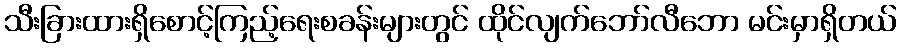
သီးခြားထားရှိစောင့်ကြည့်ရေးစခန်းများတွင် ထိုင်လျက်ဘော်လီဘော မင်းမှာရှိတယ်